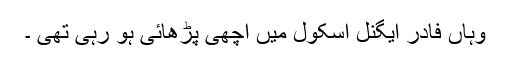
وہاں فادر ایگنل اسکول میں اچھی پڑھائی ہو رہی تھی ۔